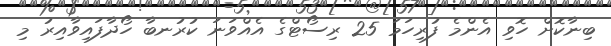
ބިނާކޮށް ހޮވި އެންމެ ފުރިހަމަ 25 ރިސޯޓްގެ އެއްވަނަ ކުރުނބާ ހޯދާފައިވާއިރު މި